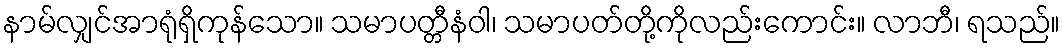
နာမ်လျှင်အာရုံရှိကုန်သော။ သမာပတ္တီနံဝါ၊ သမာပတ်တို့ကိုလည်းကောင်း။ လာဘီ၊ ရသည်။